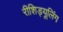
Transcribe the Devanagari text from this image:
रीशिड्यूलिंग